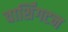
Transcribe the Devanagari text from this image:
वार्शिंगटन